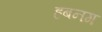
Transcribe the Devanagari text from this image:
हबनग